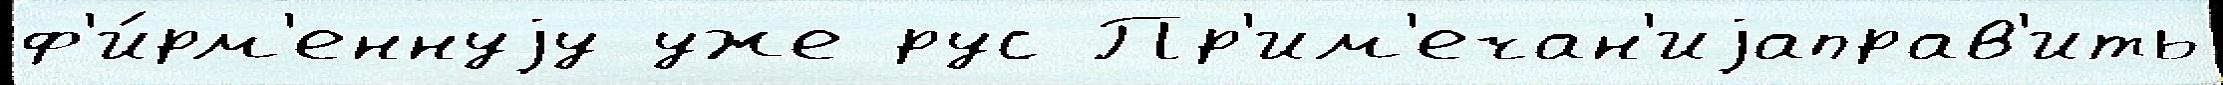
ф'и́рм'еннуjу уже рус Пр'им'ечан'иjаправ'ить